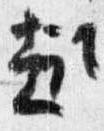
趣